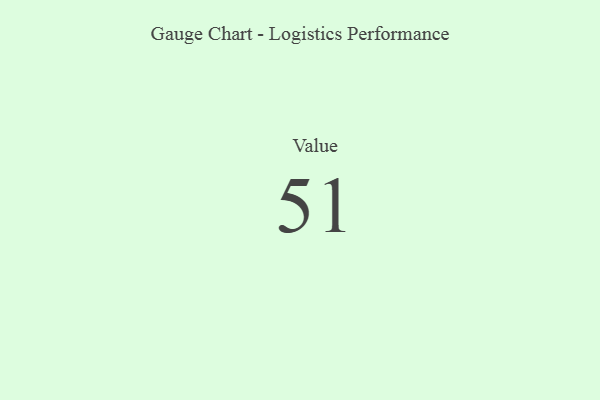
{"axis": {"x": "Metric", "y": "Value"}, "legend": [""], "data": [{"x": "Value", "y": 51, "type": ""}]}